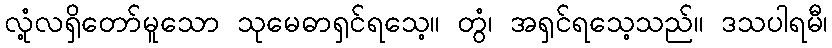
လုံ့လရှိတော်မူသော သုမေဓာရှင်ရသေ့။ တွံ၊ အရှင်ရသေ့သည်။ ဒသပါရမီ၊